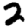
Digit: 2